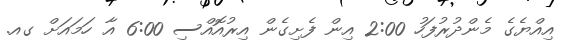
އިއްޔެގެ މެންދުރުފަހު 2:00 އިން ފެށިގެން އިރުއޮއްސި 6:00 އާ ހަމައަށް ގއ.